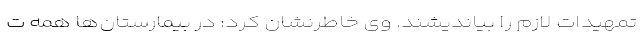
تمهیدات لازم را بیاندیشند. وی خاطرنشان کرد: در بیمارستان‌ها همه ت